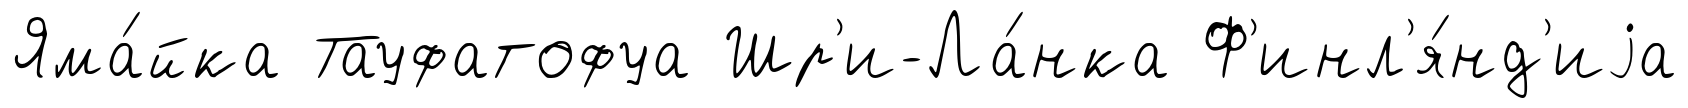
Яма́йка Тауфатофуа Шр'и-Ла́нка Ф'инл'я́нд'иjа